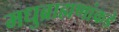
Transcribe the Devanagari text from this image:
मधुब्राह्मणांकडे